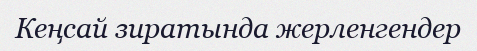
Кеңсай зиратында жерленгендер